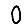
Digit: 0